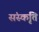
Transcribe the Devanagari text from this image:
संस्कृंति